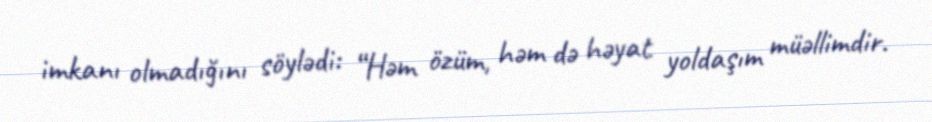
imkanı olmadığını söylədi: “Həm özüm, həm də həyat yoldaşım müəllimdir.